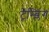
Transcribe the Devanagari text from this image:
ट्रेम्ब्लिंग